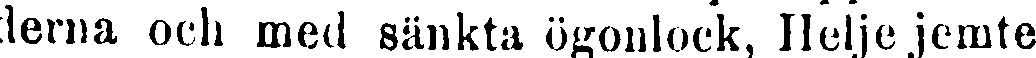
derna och med sänkta ögonlock, Helje jemte